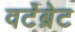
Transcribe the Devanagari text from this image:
वर्टेब्रेट